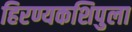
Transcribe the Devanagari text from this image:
हिरण्यकशिपुला